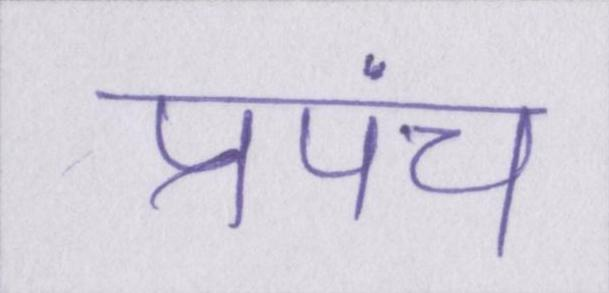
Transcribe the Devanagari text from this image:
प्रपंच